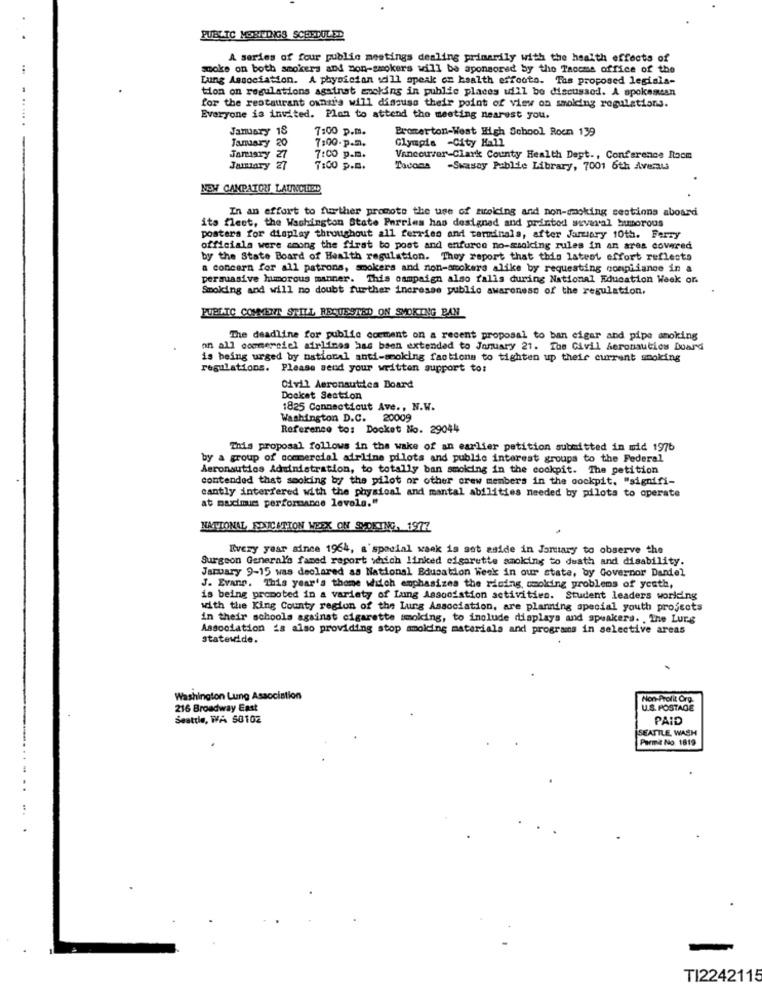
PUBLIC MEETINGS SCHEDULED
A series of four public meetings dealing primarily with the health effects of
..
smoke on both smokers and non-smokers will be sponsored by the Taccms office of the
Lung Association. A physician will speak on health effects. Tas proposed legisla-
tion on regulations against smoking in public places will be discussed. A spokemean
for the restaurant owner's will discuss their point of view on smolding regulations.
. ......
Everyone is invited. Plan to attend the meeting nearest you.
January 18
7:00 p.m.
Bromerton-West High School Roen 139
7:00. p.m.
January 20
Olympia -City Hall
January 27
7:00 p.m.
Vancouver-Clark County Health Dept ., Conference Room
Jamary
7:00 p.m.
Tacoma -Swassy Public Library, 7001 6th Avenue
NOW CANPATOU LAUNCHED
In an effort to further promote the use of meling and non-smoking sestions aboard
its fleet, the Washington State Parries has designed and printed several humorous
posters for display throughout all ferries and terminals, after January 10th. Ferry
officiala were among the first to post and enforce no-smoking rules in an ares covered
by the State Board of Health regulation. They report that this latest effort reflects
a concern for all patrons, smokers and non-smokers alike by requesting compliance in a
persuasive humorous manner. This campaign also falls during National Education Week on
Smoking and will no doubt further incresse public awareness of the regulation.
PUBLIC COMMENT STILL REQUESTED ON SMOKING BAN
The deadline for public comment on a recent proposal to ban cigar and pipe smoking
on all ecomerciel airlines has been extended to January 21. The Civil Aeronautics Doard
is being urged by national anti-smoking factions to tighten up their current smoking
regulations. Please send your written support to:
Civil Aeronautica Board
Docket Section
1825 Connecticut Ave ., N.W.
Washington D.C. 20009
Reference to: Docket No. 29044
This proposal follows in the wake of an earlier petition submitted in mid 1976
by a group of commercial airline pilots and public interest groups to the Federal
Aeronautios Administration, to totally ban smoking in the cockpit. The petition
contended that smoking by the pilot or other crew members in the cockpit, "signifi-
cantly interfered with the physical and mantal abilities needed by pilots to operate
at maximum performance levola."
NATIONAL EDICUTION WEEK ON SMOKING, 1977
Every year since 1964, a'spadial waak is set aside in January to observe the
Surgeon General's famed report which linked cigarette smoking to death and disability.
January 9-15 was declared as National Education Week in our state, by Governor Daniel
J. Evans. This year's thome which emphasizes the rising, smoking problems of yesth,
is being promoted in a variety of Lung Association activities. Student leaders working
with the King County region of the Lung Association, are planning special youth projects
in their schools against cigarette smoking, to include displays and speakers. , The Lurs
Association is also providing stop smoking materials and programs in selective areas
statewide.
Washington Lung Association
Non-Profit Org.
216 Broadway East
U.S. POSTAGE
Seattle, WA 50102
PAID
SEATTLE, WASH
Parmi No. 1819
TI2242115